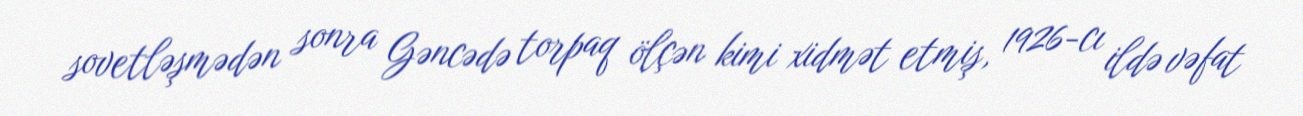
sovetləşmədən sonra Gəncədə torpaq ölçən kimi xidmət etmiş, 1926-cı ildə vəfat